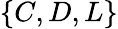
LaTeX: \{ C,D,L\}